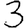
Digit: 3